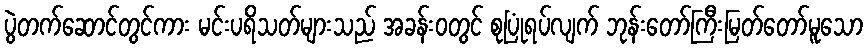
ပွဲတက်ဆောင်တွင်ကား မင်းပရိသတ်များသည် အခန်းဝတွင် စုပြုံရပ်လျက် ဘုန်းတော်ကြီးမြတ်တော်မူသော